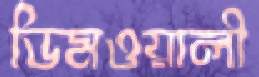
ডিমওয়ালী